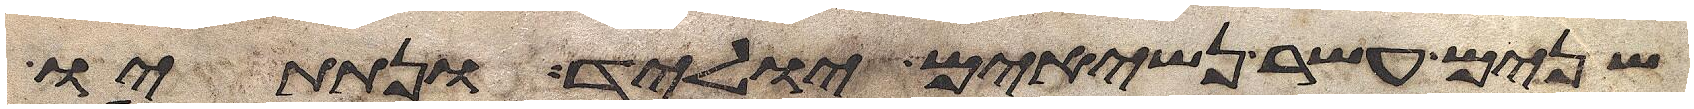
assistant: שנים עשר נשיאים יוליד ונתתיו